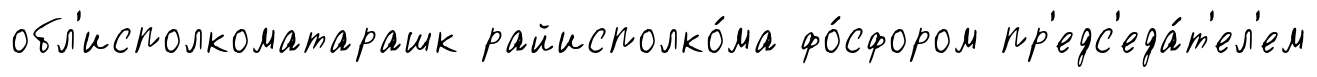
обл'исполкоматарашк райисполко́ма фо́сфором пр'едс'еда́т'ел'ем